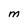
Character: M